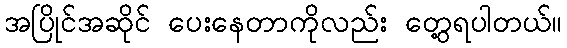
အပြိုင်အဆိုင် ပေးနေတာကိုလည်း တွေ့ရပါတယ်။